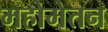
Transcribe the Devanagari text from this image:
महोमेतन